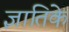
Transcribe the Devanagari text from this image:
ज्ञातिके